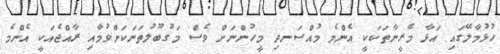
ހުޅުމާލޭގައި އަޅާ މެރީނާތަކަކީ އެންމެ މުއްސަނދި މީހުންނަށް ވެސް މަގުބޫލުތަނަކަށްވުމާއި ރާއްޖެއަކީ އެންމެ